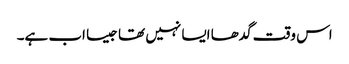
اس وقت گدھا ایسا نہیں تھا جیسا اب ہے۔